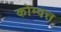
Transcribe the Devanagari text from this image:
कोम्वत्त